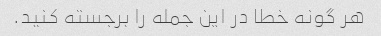
هر گونه خطا در این جمله را برجسته کنید.